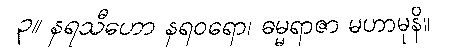
၃။ နရသီဟော နရဝရော၊ ဓမ္မရာဇာ မဟာမုနိ။